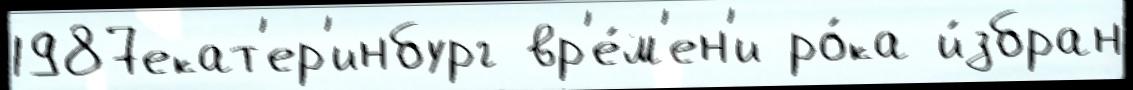
1987екат'ер'инбург вр'е́м'ен'и ро́ка и́збран